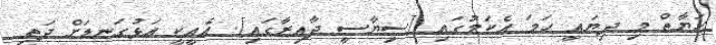
ހަޔާތް މި ދިޔައީ ހަމަ އެކަމުގައި [ސިޔާސީ ދާއިރާގައި]. އެއީކީ އަޅުގަނޑަށް ދަތި